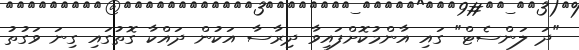
"ދަ ލަންސެޓް" ގައި އާންމުކޮށްފައިވާ ދިރާސާ އަކުން ދައްކާ ގޮތުގައި ގިނަ ވަގުތު